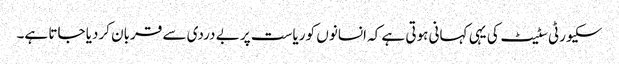
سکیورٹی سٹیٹ کی یہی کہانی ہوتی ہے کہ انسانوں کو ریاست پر بے دردی سے قربان کردیا جاتا ہے۔